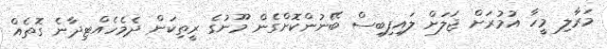
މަރާލި މީހާ އުމުރަށް ޖަލަށް ލައިފިބިސް ބޭނުންކޮށްގެން މޫނުގެ ރީތިކަން ދެމެހެއްޓިދާނެ ގޮތެއް